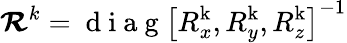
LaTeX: {\mathbfcal{R}^{k}=\mathrm{~d~i~a~g~}\left[R_{x}^{\mathrm{{k}}},R_{y}^{\mathrm{{k}}},R_{z}^{\mathrm{{k}}}\right]^{-1}}